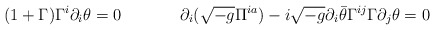
\begin{align*}(1+\Gamma)\Gamma^i\partial_i\theta =0 \hskip 1.5truecm\partial_i(\sqrt {-g}\Pi^{ia})-i\sqrt {-g}\partial_i\bar\theta\Gamma^{ij}\Gamma\partial_j\theta = 0\end{align*}